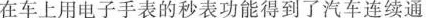
在车上用电子手表的秒表功能得到了汽车连续通